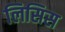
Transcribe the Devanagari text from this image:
लिसिस